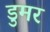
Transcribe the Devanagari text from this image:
डुमर